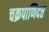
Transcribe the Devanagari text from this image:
चक्रपाणिदत्त